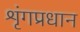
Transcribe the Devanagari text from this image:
शृंगप्रधान